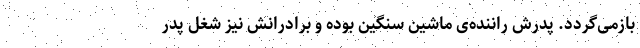
بازمی‌گردد. پدرش راننده‌ی ماشین سنگین بوده و برادرانش نیز شغل پدر